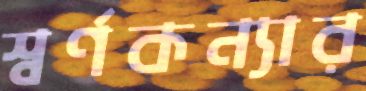
স্বর্ণকন্যার